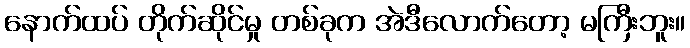
နောက်ထပ် တိုက်ဆိုင်မှု တစ်ခုက အဲဒီလောက်တော့ မကြီးဘူး။